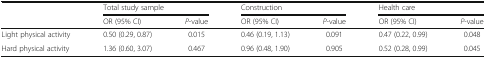
| <ROWSPAN=2>  | <COLSPAN=2> Total study sample | <COLSPAN=2> Construction | <COLSPAN=2> Health care |
 | OR (95% CI) | P-value | OR (95% CI) | P-value | OR (95% CI) | P-value |
 | --- | --- | --- | --- | --- | --- | --- |
 | Light physical activity | 0.50 (0.29, 0.87) | 0.015 | 0.46 (0.19, 1.13) | 0.091 | 0.47 (0.22, 0.99) | 0.048 |
 | Hard physical activity | 1.36 (0.60, 3.07) | 0.467 | 0.96 (0.48, 1.90) | 0.905 | 0.52 (0.28, 0.99) | 0.045 |